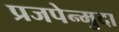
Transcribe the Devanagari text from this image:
प्रजपेन्मुदा